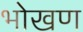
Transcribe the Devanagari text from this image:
भोखण